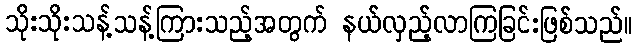
သိုးသိုးသန့်သန့်ကြားသည့်အတွက် နယ်လှည့်လာကြခြင်းဖြစ်သည်။